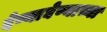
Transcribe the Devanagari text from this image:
देण्याघेण्याच्या